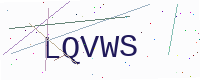
Text: LQVWS